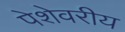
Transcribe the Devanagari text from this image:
पेशेवरीय